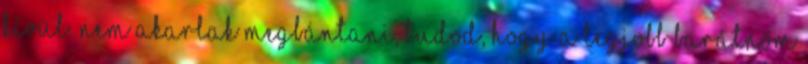
kívül. Nem akarlak megbántani, tudod, hogy a legjobb barátnőm